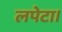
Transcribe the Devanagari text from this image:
लपेटा।